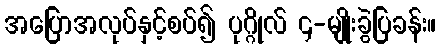
အပြောအလုပ်နှင့်စပ်၍ ပုဂ္ဂိုလ် ၄-မျိုးခွဲပြခန်း။